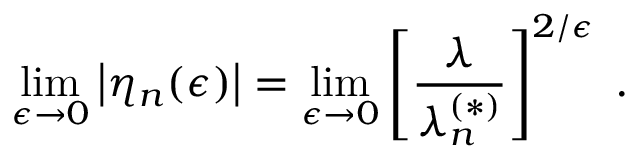
\operatorname * { l i m } _ { \epsilon \rightarrow 0 } \left| \eta _ { n } ( \epsilon ) \right| = \operatorname * { l i m } _ { \epsilon \rightarrow 0 } \left[ \frac { \lambda } { \lambda _ { n } ^ { ( \ast ) } } \right] ^ { 2 / \epsilon } \; .